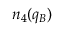
n _ { 4 } ( q _ { B } )